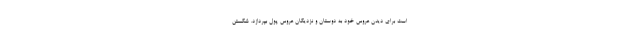
است برای دیدن عروس خود به دوستان و نزدیکان عروس پول بپردازد. شکستن